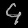
Digit: ၄